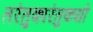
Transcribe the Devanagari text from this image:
तरंतुकारंतुकयो